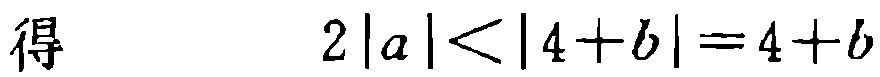
得\(2|a|<|4 + b| = 4 + b\)